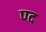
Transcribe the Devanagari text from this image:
ण्द